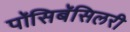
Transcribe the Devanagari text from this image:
पॉसिबॅसिलरी